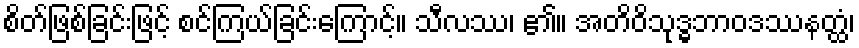
စိတ်ဖြစ်ခြင်းဖြင့် စင်ကြယ်ခြင်းကြောင့်။ သီလဿ၊ ၏။ အတိဝိသုဒ္ဓဘာဝဒဿနတ္ထံ၊